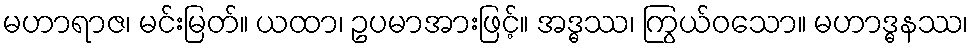
မဟာရာဇ၊ မင်းမြတ်။ ယထာ၊ ဥပမာအားဖြင့်။ အဒ္ဓဿ၊ ကြွယ်ဝသော။ မဟာဒ္ဓနဿ၊